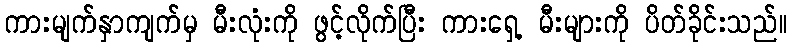
ကားမျက်နှာကျက်မှ မီးလုံးကို ဖွင့်လိုက်ပြီး ကားရှေ့ မီးများကို ပိတ်ခိုင်းသည်။